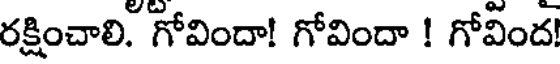
రక్షించాలి. గోవిందా! గోవిందా ! గోవింద